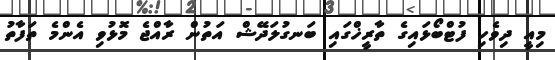
މިއީ ދިވެހި ފުޓްބޯޅައިގެ ތާރީޚްގައި ބަނގުލަދޭޝް އަތުން ރާއްޖެ މޮޅުވި އެންމެ ތަފާތު